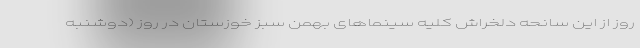
روز از این سانحه دلخراش کلیه سینماهای بهمن سبز خوزستان در روز (دوشنبه